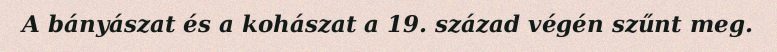
A bányászat és a kohászat a 19. század végén szűnt meg.